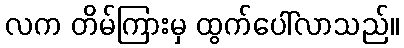
လက တိမ်ကြားမှ ထွက်ပေါ်လာသည်။